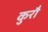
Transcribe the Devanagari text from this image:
कुरौ